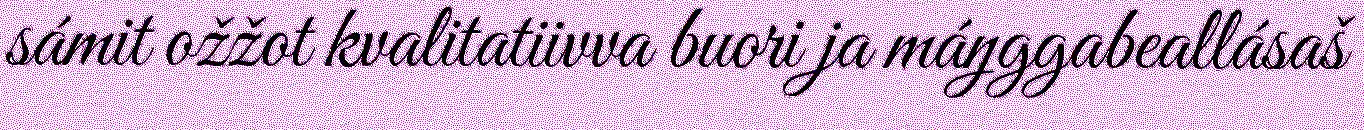
sámit ožžot kvalitatiivva buori ja máŋggabeallásaš